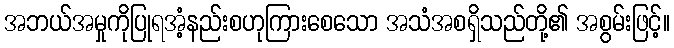
အဘယ်အမှုကိုပြုရအံ့နည်းစဟုကြားစေသော အသံအစရှိသည်တို့၏ အစွမ်းဖြင့်။